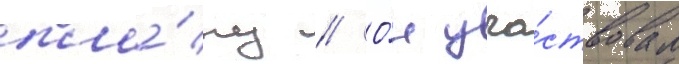
пла́ну // О́н уча́ствовал